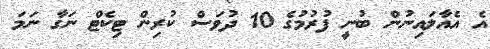
އެ އެއާލައިނުން ބުނީ ފުރުމުގެ 10 ދުވަސް ކުރިން ޓިކެޓް ނަގާ ނަމަ